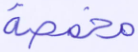
مخمصة